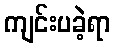
ကျင်းပခဲ့ရာ